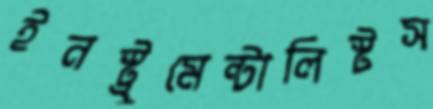
ইনস্ট্রুমেন্টালিস্টস